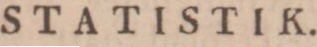
STATISTIK.